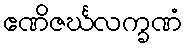
ဧဏိဇင်္ဃလက္ခဏံ